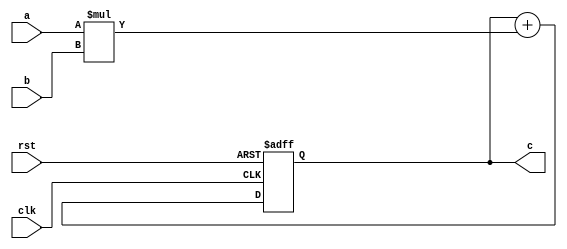
 module pe(
	input clk,
	input rst,
	input [31:0] a,
	input [31:0] b,
	output reg [31:0] c
);
	reg [31:0] product;
	always @(posedge clk or posedge rst) begin
		if (rst) begin
			c <= 0;
		end else begin
			c <= c + product;
		end
	end
	always @(a or b) begin
		product = a * b;
	end
endmodule